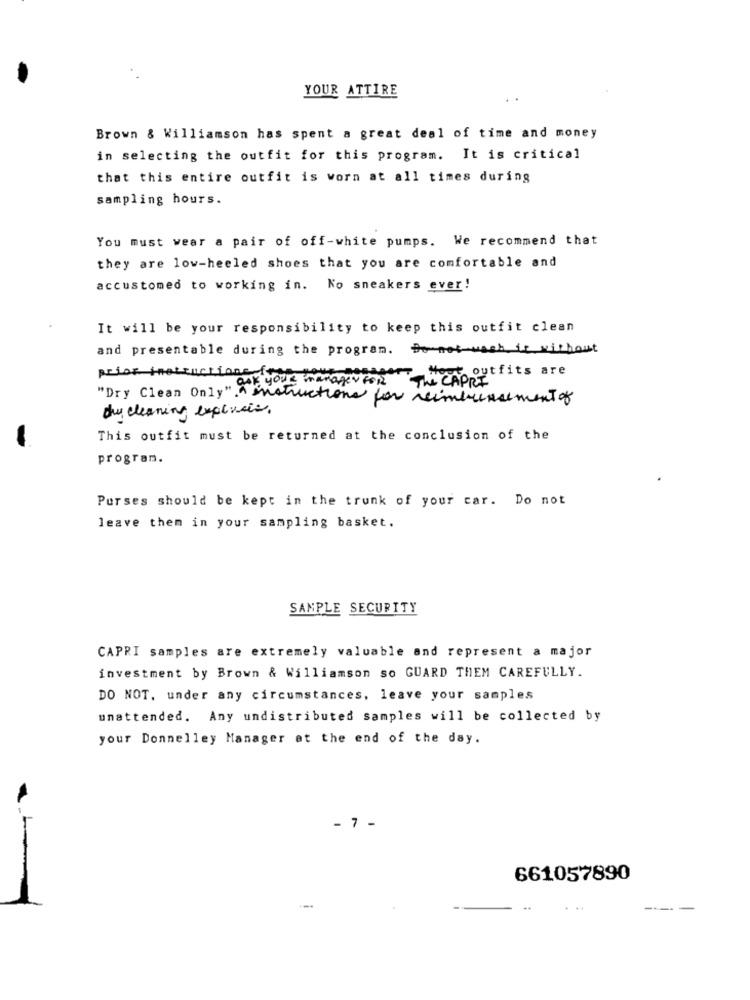
YOUR ATTIRE
Brown & Williamson has spent a great deal of time and money
in selecting the outfit for this program. It is critical
that this entire outfit is worn at all times during
sampling hours.
You must wear a pair of off-white pumps. We recommend that
they are low-heeled shoes that you are comfortable and
accustomed to working in. No sneakers ever!
It will be your responsibility to keep this outfit clean
and presentable during the program. Do not-wash it without
prior instructions for your nesseere Nout outfits are
"Dry Clean Only " you managevis
The CAPRI
instructions for reimbursement of
dycleaning expensive.
This outfit must be returned at the conclusion of the
program.
Purses should be kept in the trunk of your car. Do not
leave them in your sampling basket.
SAMPLE SECURITY
CAPRI samples are extremely valuable and represent a major
investment by Brown & Williamson so GUARD THEM CAREFULLY.
DO NOT. under any circumstances, leave your samples
unattended. Any undistributed samples will be collected by
your Donnelley Manager at the end of the day.
- 7 -
661057890
--